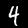
Digit: 4